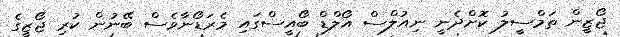
ޖޯޒީން ތަމްސީލު ކޮށްދެނީ ނިއުލްސް އޯލްޑް ބޯއީސްގައި މެރަޑޯނާވެސް ބޭނުން ކުރި ޖޯޒީގެ